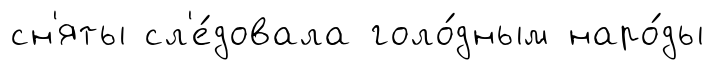
сн'яты сл'е́довала голо́дным наро́ды